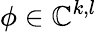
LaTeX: \phi\in\mathbb{C}^{k,l}